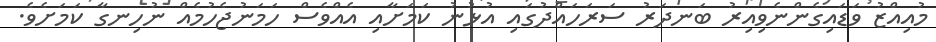
މުއިއްޒު ވަޑައިގެންނެވިއިރު ބަނދަރު ސަރަހައްދުގައި އުޅުނު ކަމަށާއި އެއްވެސް ހަމަނުޖެހުމެއް ނުހިނގާ ކަމަށެވެ.